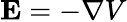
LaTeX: \mathbf{E}=-\nabla V